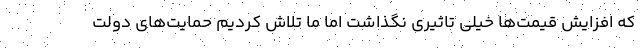
که افزایش قیمت‌ها خیلی تاثیری نگذاشت اما ما تلاش کردیم حمایت‌های دولت